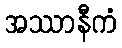
အဿာနီကံ